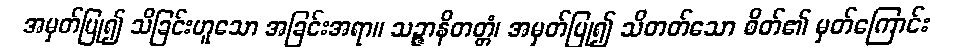
အမှတ်ပြု၍ သိခြင်းဟူသော အခြင်းအရာ။ သဉ္ဇာနိတတ္တံ၊ အမှတ်ပြု၍ သိတတ်သော စိတ်၏ မှတ်ကြောင်း